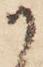
か